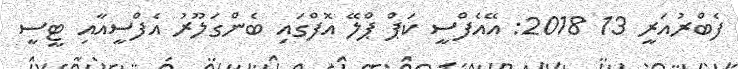
ފެބްރުއަރީ 13 2018: އޭއެފްސީ ކަޕް ޕްލޭ އޮފްގައި ބެންގަލޫރު އެފްސީއާއި ޓީސީ